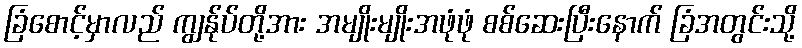
ခြံစောင့်မှာလည် ကျွန်ုပ်တို့အား အမျိုးမျိုးအဖုံဖုံ စစ်ဆေးပြီးနောက် ခြံအတွင်းသို့